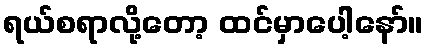
ရယ်စရာလို့တော့ ထင်မှာပေါ့နော်။